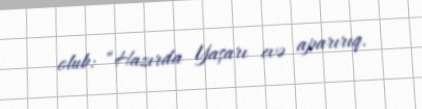
olub: “Hazırda Yaşarı evə aparırıq.